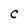
Character: C